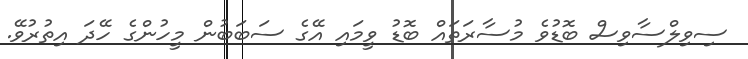
ސިވިލްސާވިސް ބޮޑުވެ މުސާރަތައް ބޮޑު ވީމައި އޭގެ ސަބަބުން މީހުންގެ ހޭދަ އިތުރުވޭ.